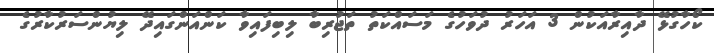
ކޯހާގުޅޭ ދާއިރާއަކުން 3 އަހަރު ދުވަހުގެ މަސައްކަތު ތަޖުރިބާ ލިބިފައިވާ ކަންއަންގައިދޭ ލިޔުންސަރުކާރުގެ